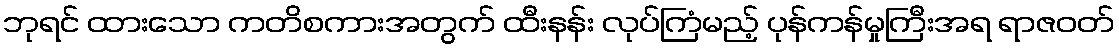
ဘုရင် ထားသော ကတိစကားအတွက် ထီးနန်း လုပ်ကြံမည့် ပုန်ကန်မှုကြီးအရ ရာဇဝတ်